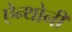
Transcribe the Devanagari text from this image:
ऐन्थोनी